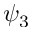
\psi _ { 3 }